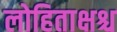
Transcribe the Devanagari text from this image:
लोहिताक्षश्च